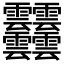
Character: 𩇔